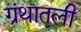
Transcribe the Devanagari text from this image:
ग्रंथातली